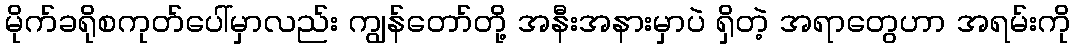
မိုက်ခရိုစကုတ်ပေါ်မှာလည်း ကျွန်တော်တို့ အနီးအနားမှာပဲ ရှိတဲ့ အရာတွေဟာ အရမ်းကို